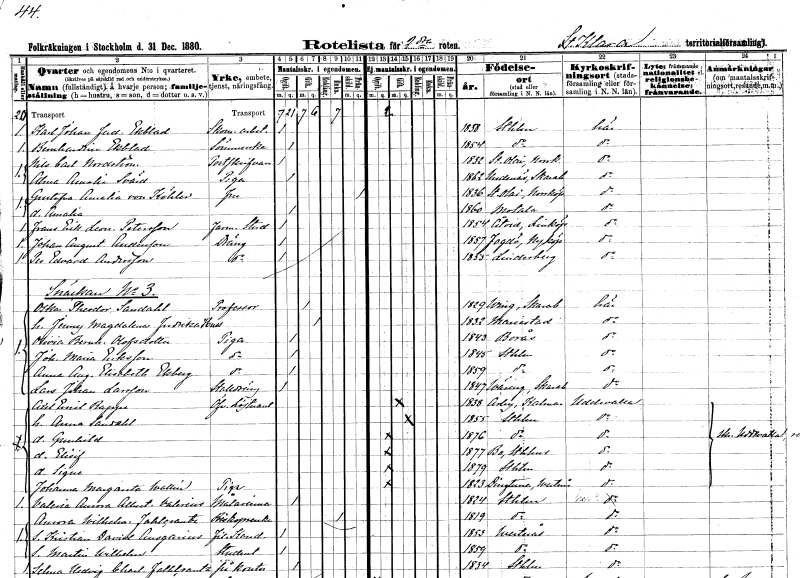
gt_parse: households: individuals: FN: Karl Johan Ferdinand
EN: Ekblad
YRKE: Skomakeriarbetare
KON: M
CIV: O
FODAR: 1858
FODFORS: Stockholm
FN: Bernhardina
EN: Ekblad
YRKE: Sömmerska
KON: K
CIV: O
FODAR: 1854
FODFORS: Stockholm
FN: Nils Carl
EN: Nordström
YRKE: Postskrivare
KON: M
CIV: O
FODAR: 1832
FODFORS: Norrköpings Sankt Olai Östergötlands län
FN: Alma Amalia
EN: Svärd
YRKE: Piga
KON: K
CIV: O
FODAR: 1862
FODFORS: Hudene Älvsborgs län
FN: Gustafva Amalia
EN: von Köhler
KON: K
CIV: X
FODAR: 1836
FODFORS: Norrköpings Sankt Olai Östergötlands län
FN: Amalia
KON: K
CIV: O
FODAR: 1860
FODFORS: Motala Östergötlands län
FN: Frans Erik Leonard
EN: Petersson
YRKE: Farm. student
KON: M
CIV: O
FODAR: 1854
FODFORS: Åtvid Östergötlands län
FN: Johan August
EN: Andersson
YRKE: Dräng
KON: M
CIV: O
FODAR: 1857
FODFORS: Fogdö Södermanlands län
FN: Per Edvard
EN: Andersson
YRKE: Dräng
KON: M
CIV: O
FODAR: 1855
FODFORS: Lindesberg Örebro län
FN: Oskar Theodor
EN: Sandahl
YRKE: Professor
KON: M
CIV: G
FODAR: 1829
FODFORS: Norra Ving Skaraborgs län
FN: Jenny Magdalena Fredrika
EN: Huss
KON: K
CIV: G
FODAR: 1832
FODFORS: Mariestad Skaraborgs län
FN: Olivia Bernhardina
EN: Olofsdotter
YRKE: Piga
KON: K
CIV: O
FODAR: 1843
FODFORS: Borås Älvsborgs län
FN: Johanna Maria
EN: Eriksson
YRKE: Piga
KON: K
CIV: O
FODAR: 1845
FODFORS: Stockholm
FN: Anna Augusta Elisabeth
EN: Ekberg
YRKE: Piga
KON: K
CIV: O
FODAR: 1859
FODFORS: Stockholm
FN: Lars Johan
EN: Larsson
YRKE: Stalldräng
KON: M
CIV: O
FODAR: 1847
FODFORS: Väring Skaraborgs län
FN: Axel Emil
EN: Rappe
YRKE: Överstelöjtnant
KON: M
CIV: G
FODAR: 1838
FODFORS: Arby Kalmar län
FN: Anna
EN: Sandahl
KON: K
CIV: G
FODAR: 1855
FODFORS: Stockholm
FN: Gunhild
KON: K
CIV: O
FODAR: 1876
FODFORS: Stockholm
FN: Elisif
KON: K
CIV: O
FODAR: 1877
FODFORS: Boo Stockholms län
FN: Signe
KON: K
CIV: O
FODAR: 1879
FODFORS: Stockholm
FN: Johanna Margareta
EN: Wallin
YRKE: Piga
KON: K
CIV: O
FODAR: 1823
FODFORS: Dingtuna Västmanlands län